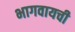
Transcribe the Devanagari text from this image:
भागवायची